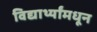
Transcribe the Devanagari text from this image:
विद्यार्थ्यांमधून